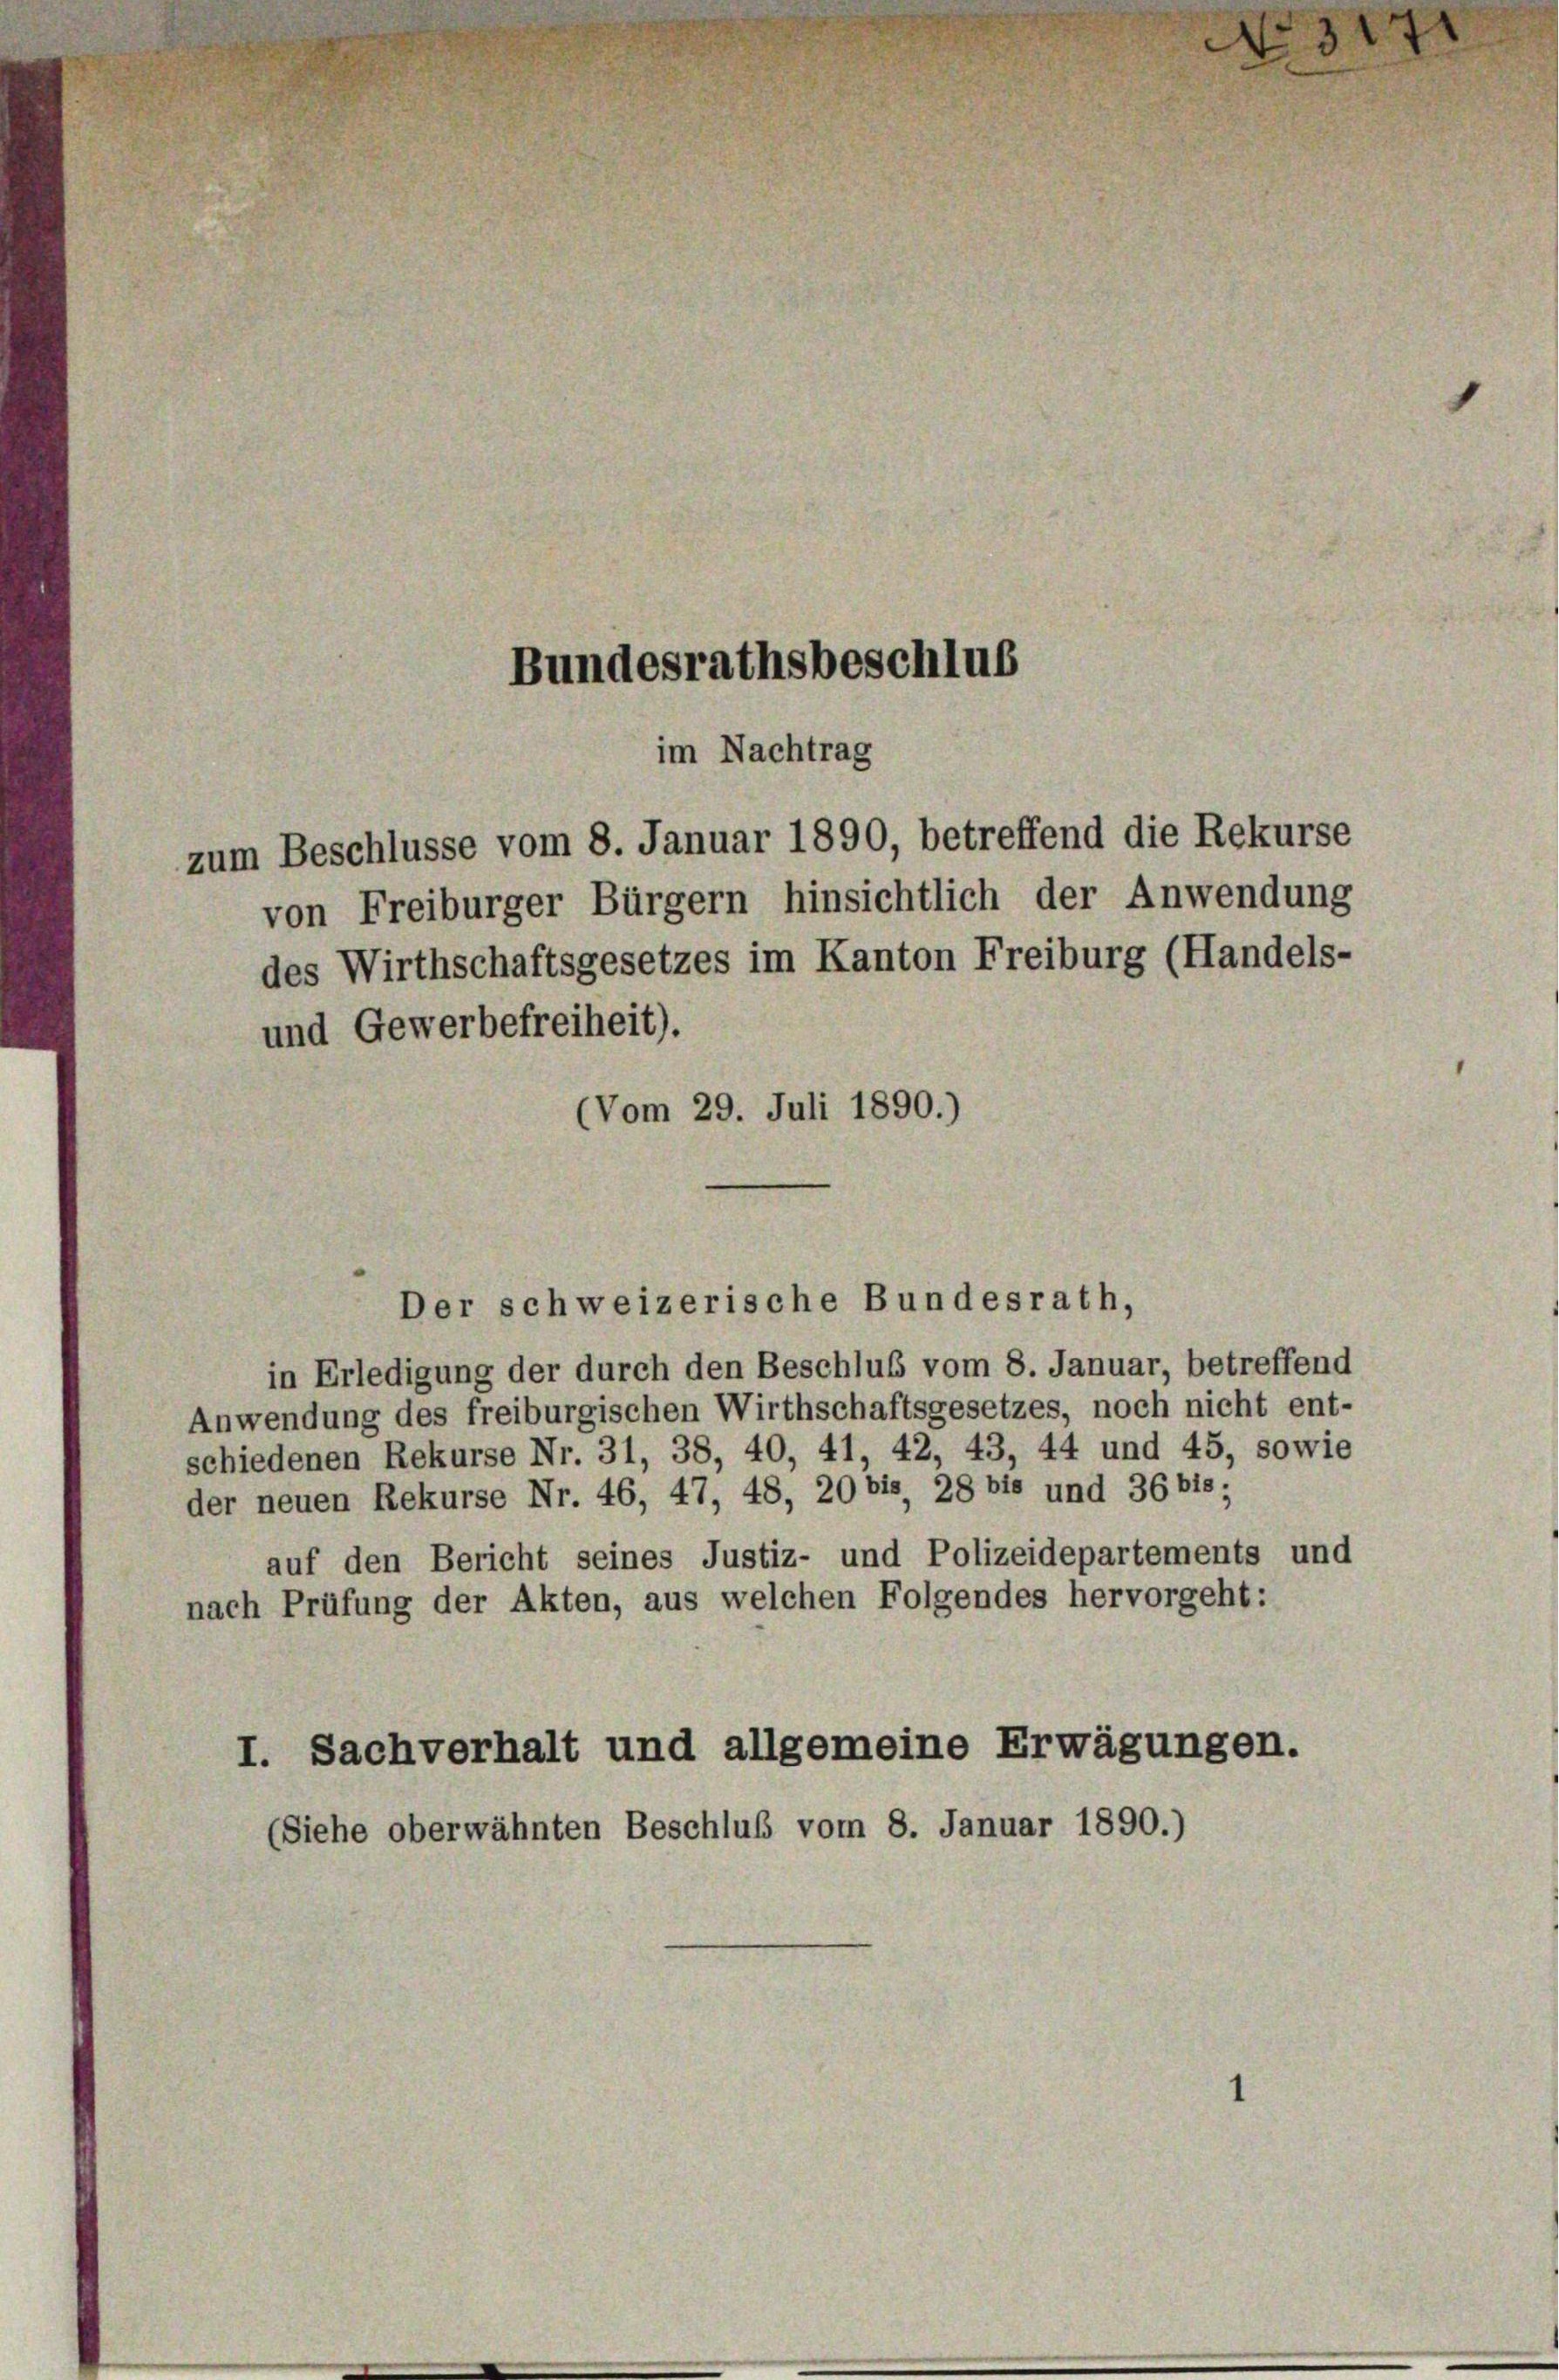
Der schweizerische Bundesrath,

Bundesrathsbeschluß
im Nachtrag
zum Beschlüsse vom 8. Januar 1890, betreffend die Rekurse
von Freiburger Bürgern hinsichtlich der Anwendung
des Wirthschaftsgesetzes im Kanton Freiburg (Handels-

und Gewerbefreiheit).
(Vom 29. Juli 1890.)

in Erledigung der durch den Beschluß vom 8. Januar, betreffend
Anwendung des freiburgischen Wirthschaftsgesetzes, noch nicht ent-
schiedenen Rekurse Nr. 31, 38, 40, 41, 42, 43, 44 und 45, sowie
der neuen Rekurse Nr. 46, 47, 48, 20 bis 28 bis und 36 bis;
auf den Bericht seines Justiz- und Polizeidepartements und
nach Prüfung der Akten, aus welchen Folgendes hervorgeht:
I. Sachverhalt und allgemeine Erwägungen.
(Siehe oberwähnten Beschluß vom 8. Januar 1890.)